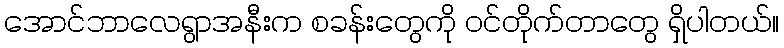
အောင်ဘာလေရွာအနီးက စခန်းတွေကို ဝင်တိုက်တာတွေ ရှိပါတယ်။